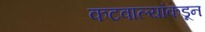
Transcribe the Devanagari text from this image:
कटवाल्यांकडून